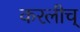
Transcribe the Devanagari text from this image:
करलीच्